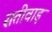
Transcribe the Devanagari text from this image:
सतीवाड़